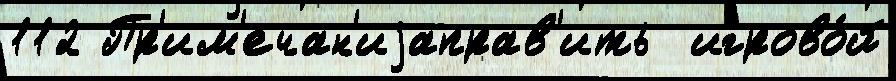
112 Пр'им'ечан'иjаправ'ить  игрово́й